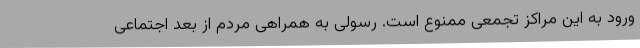
ورود به این مراکز تجمعی ممنوع است. رسولی به همراهی مردم از بعد اجتماعی